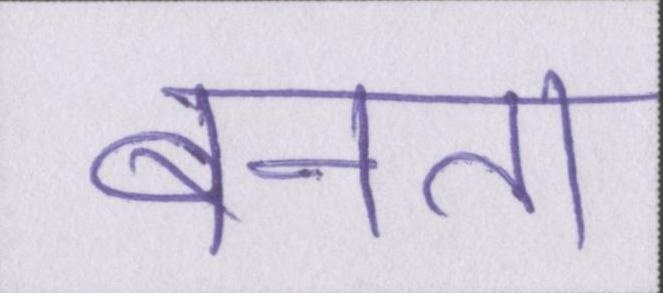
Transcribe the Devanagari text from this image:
बनता